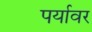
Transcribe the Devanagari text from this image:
पर्यावर